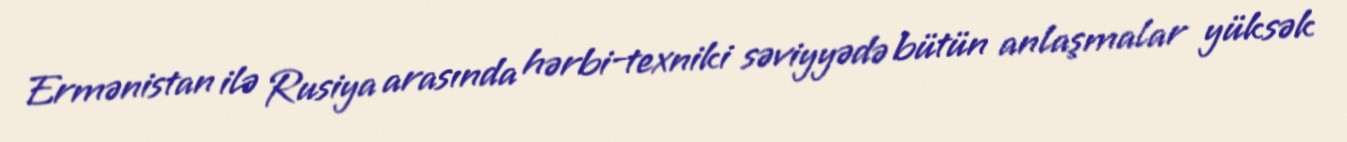
Ermənistan ilə Rusiya arasında hərbi-texniki səviyyədə bütün anlaşmalar yüksək